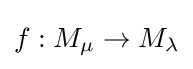
f:M_{\mu }\to M_{\lambda }